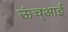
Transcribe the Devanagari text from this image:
ऊंच्आई